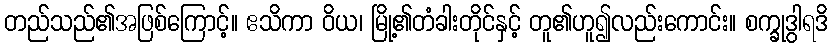
တည်သည်၏အဖြစ်ကြောင့်။ ဧသိကာ ဝိယ၊ မြို့၏တံခါးတိုင်နှင့် တူ၏ဟူ၍လည်းကောင်း။ စက္ခုဒွါရဒိ